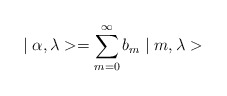
\begin{align*}\mid\alpha, \lambda> =\sum^{\infty }_{m=0} b_{m}\mid m, \lambda>\end{align*}